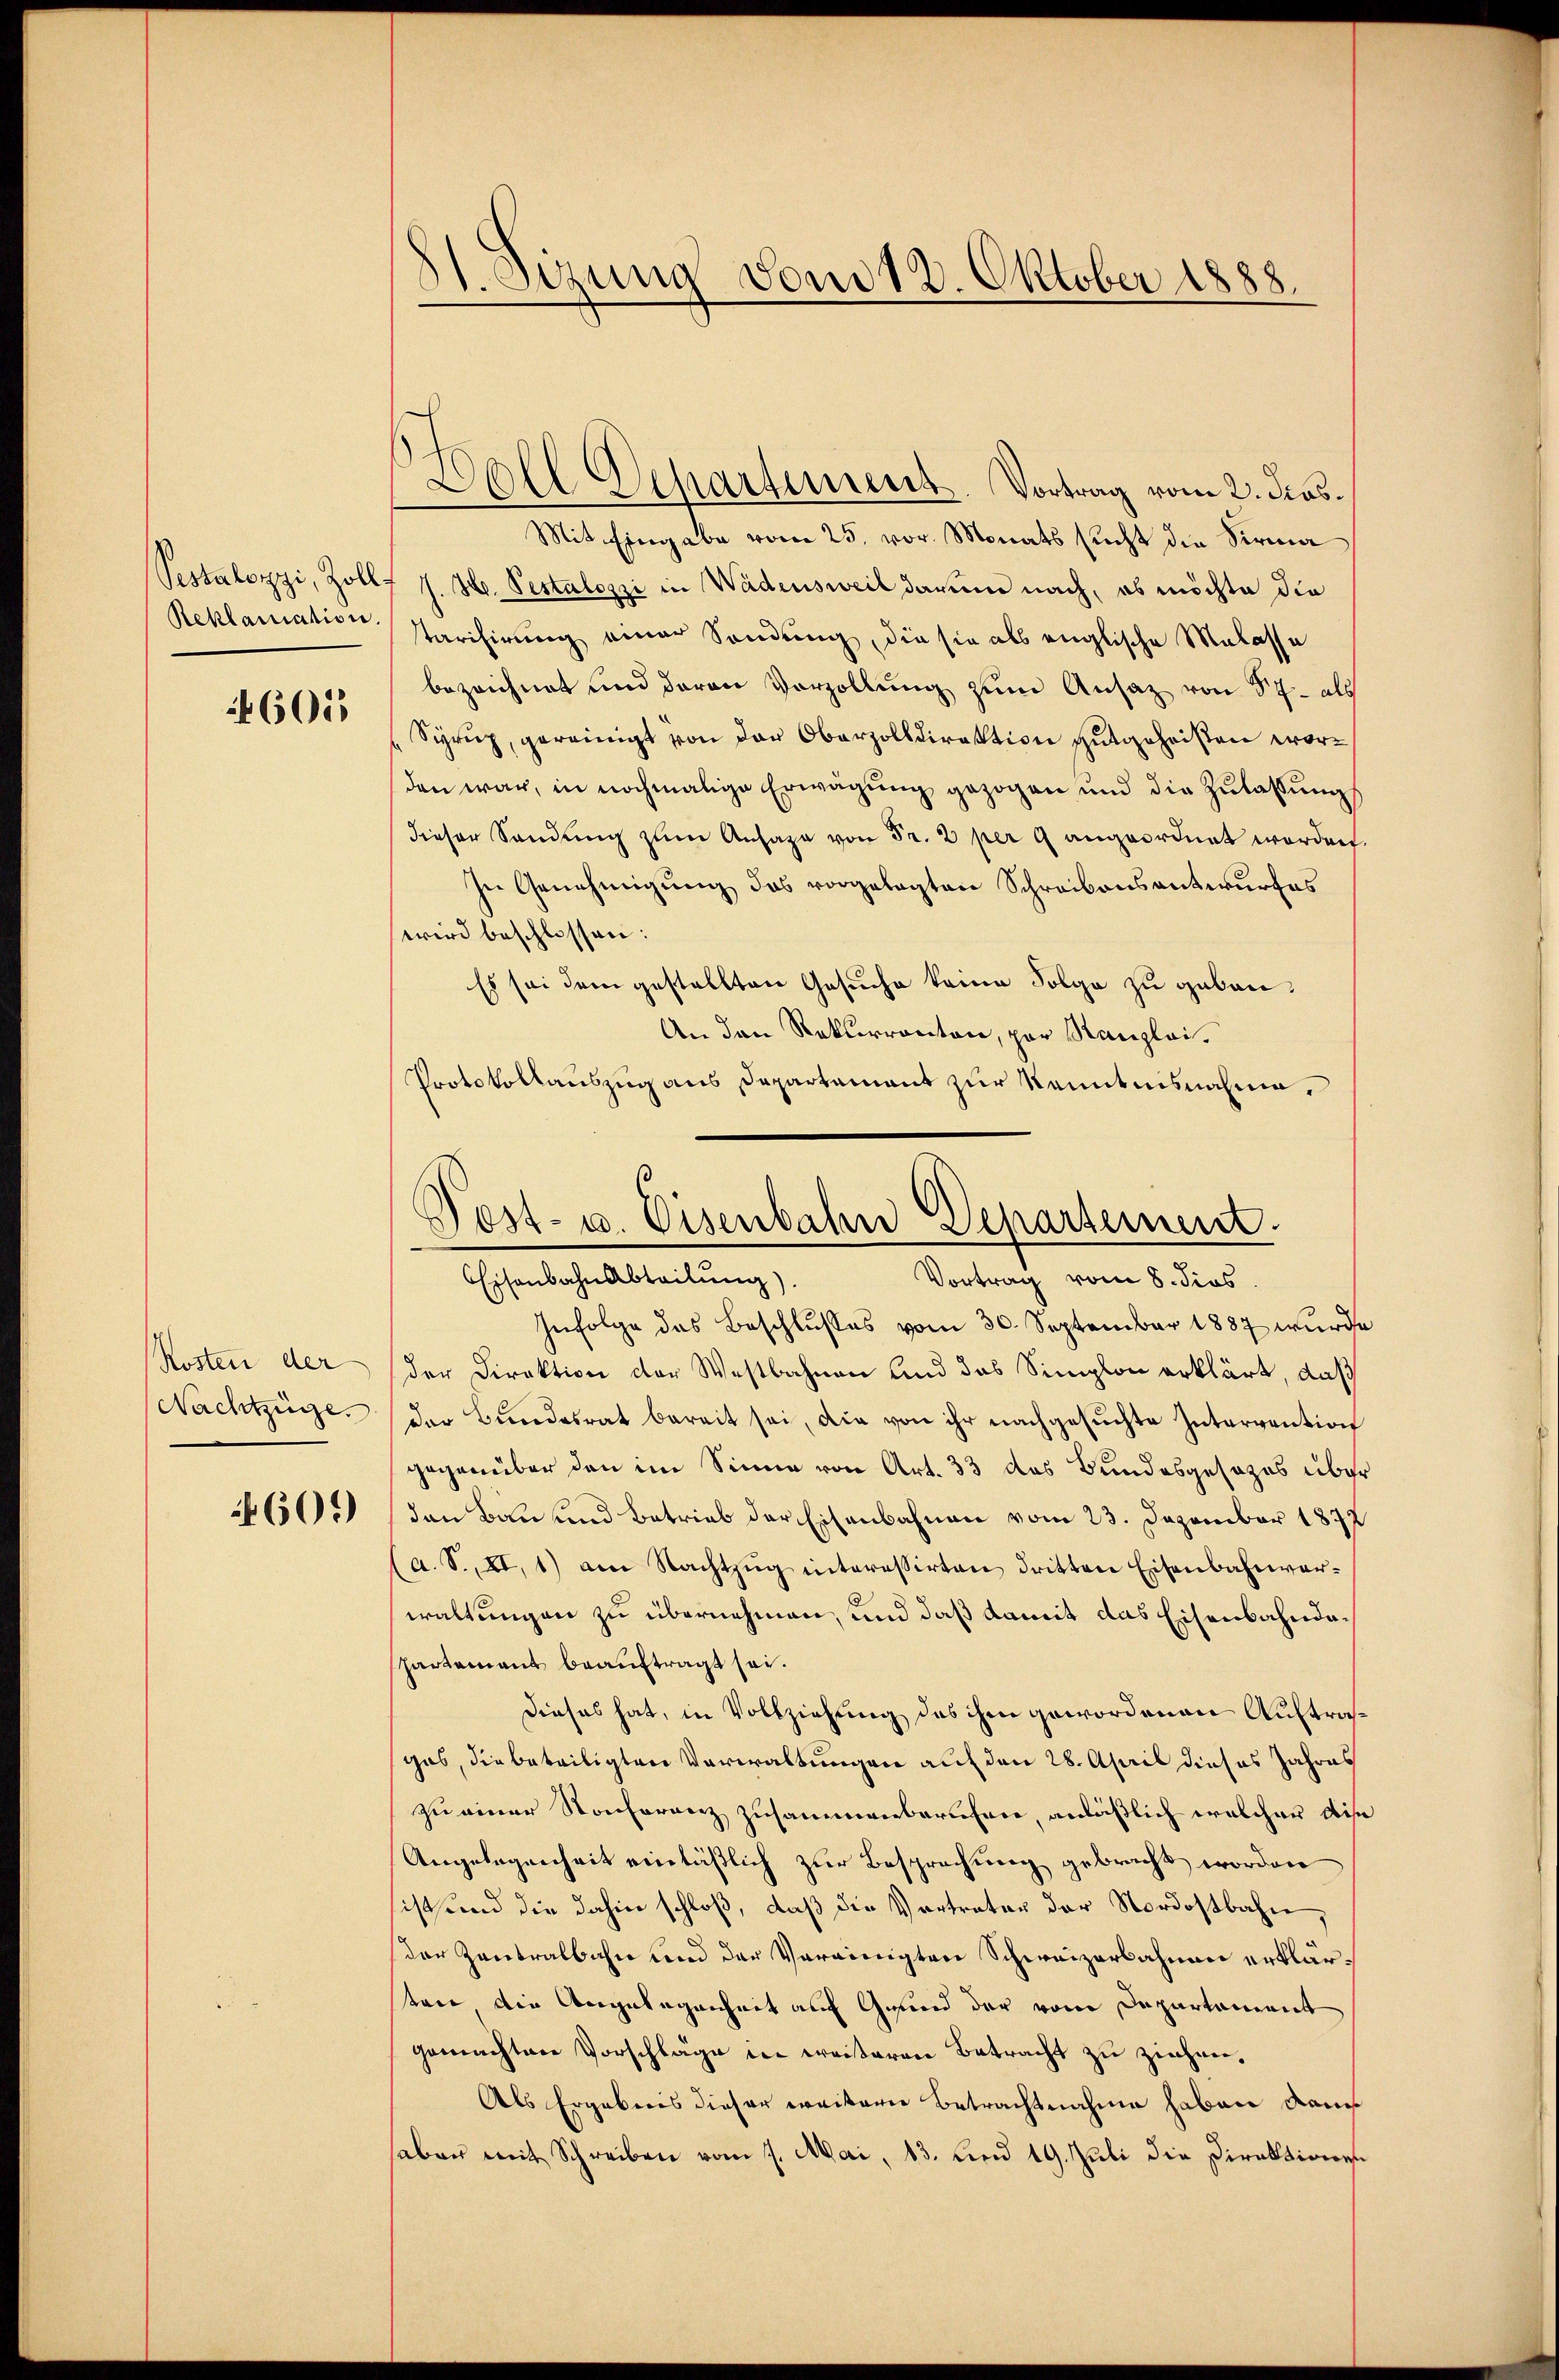
Pestalozzi, Zoll¬
Reklamation.

46055

Kosten der
Nachtzüge.

609)

81. Sizung vom 18. Oktober 1888.

All Departement. Vortrag vom 2. Das
Mit Eingabe vom 25. vor. Monats sucht die Sirma
J. H. Pestalozzi in Wädensweil darum nach, es möchte die
tarisirung einer Sendung, die sie als englische Malasse
bezeichnet und daran Vorzollung zum Ansatz von S 7- als
Syrup, gereinigt von der Oberzolldirektion gutgeheißen worden war, in nochmalige Erwägung gezogen und die Zulassung
dieser Sandung zum Ansage von Fr. 2 per 9 angeordnet worden.
In Genehmigŭng des vorgelegten Schreibensantwurfes
wird beschlossen:
Es sei dem gestellten Gesuche keine Folge zu geben,
An den Rekurrenten, par Kanzlei.
Protokollauszug aus Departement zur Kenntnisnahme,
Infolge das Beschlusses vom 30. September 1887 wurde
der Direktion der Westbahnen und das Simplon erklärt, daß
der Bundesrat bereit sei, die von ihr nachgesuchte Intervention
gegenüber den im Sinne von Art. 33 das Bundesgesezes über
den Bau und Betrieb der Eisenbahnen vom 23. Dezember 1872
(a. S. XI. 1) am Nachtzŭg interessirten dritten Eisenbahnverwaltungen zu übernehmen, und daß damit das Eisenbahndapartement beauftragt sei.
Dieses hat, in Vollziehung des ihm gewordenen Auftraggas, die beteiligten Verwaltungen auf den 28. April dieses Jahres
zu einer Konferenz zusammenberufen, anläßlich welcher dise
Angelegenheit einläßlich zur Besprechung gebracht worden
sist und die dahin schloß, daß die Vertreter der Nordostbahn
er Zentralbahn und der Vereinigten Schweizerbahnen erklärtrie die Angelegenheit auf Grund der vom Departament
gemachten Vorschläge in weiteren Betracht zu ziehen,
Als Ergebnis dieser weitern Betrachtnahme haben dans
haben mit Schreiben vom 7. Mai, 13. Leu 19. Juli die Direktionen

Post- u. Eisenbahn Departement.
Eisenbahnabteilung)
Vortrag vom 8. dies